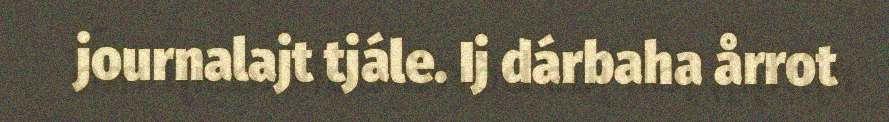
journalajt tjále. Ij dárbaha årrot